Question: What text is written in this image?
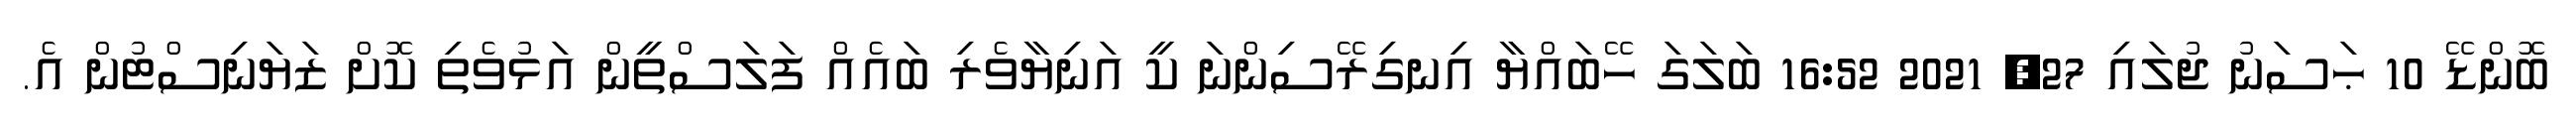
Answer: ބޮންޑޭ 10 ޙަސަނު ޖުލައި 27, 2021 16:52 ބަލަގަ ހޭބައްޔާ އިނގިރޭސިންނަ ކީ އަނިޔާވެރި ބައެއް ފަލަސްތީން އަޅުވެތި ކޮށް ޒަޔަނިސްޓުން އެ.